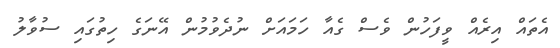
އެތައް އިރެއް ވީފަހުން ވެސް ގެއާ ހަމައަށް ނުދެވުމުން އޭނަގެ ހިތުގައި ސުވާލު